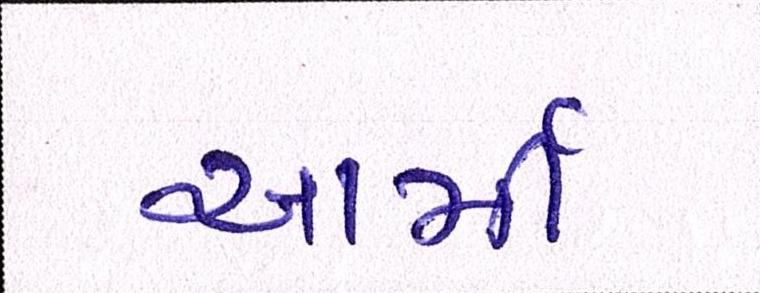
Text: આર્મી